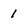
Character: 1